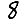
Digit: 8